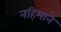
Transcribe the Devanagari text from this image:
नहिमाने